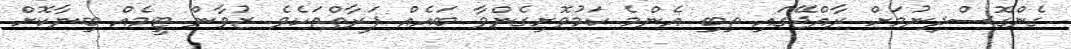
ގެންގޮސްދިނުމަށް ރާއްޖޭގައި ތިބި އެންމެ ކަމުވޮށިގެންވާ ބައެއް ފަރާތްތަކެވެ. ޒުވާން ޓީމެއް ބިނާކޮށް